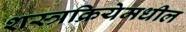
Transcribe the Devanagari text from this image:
शस्त्रक्रियेमधील